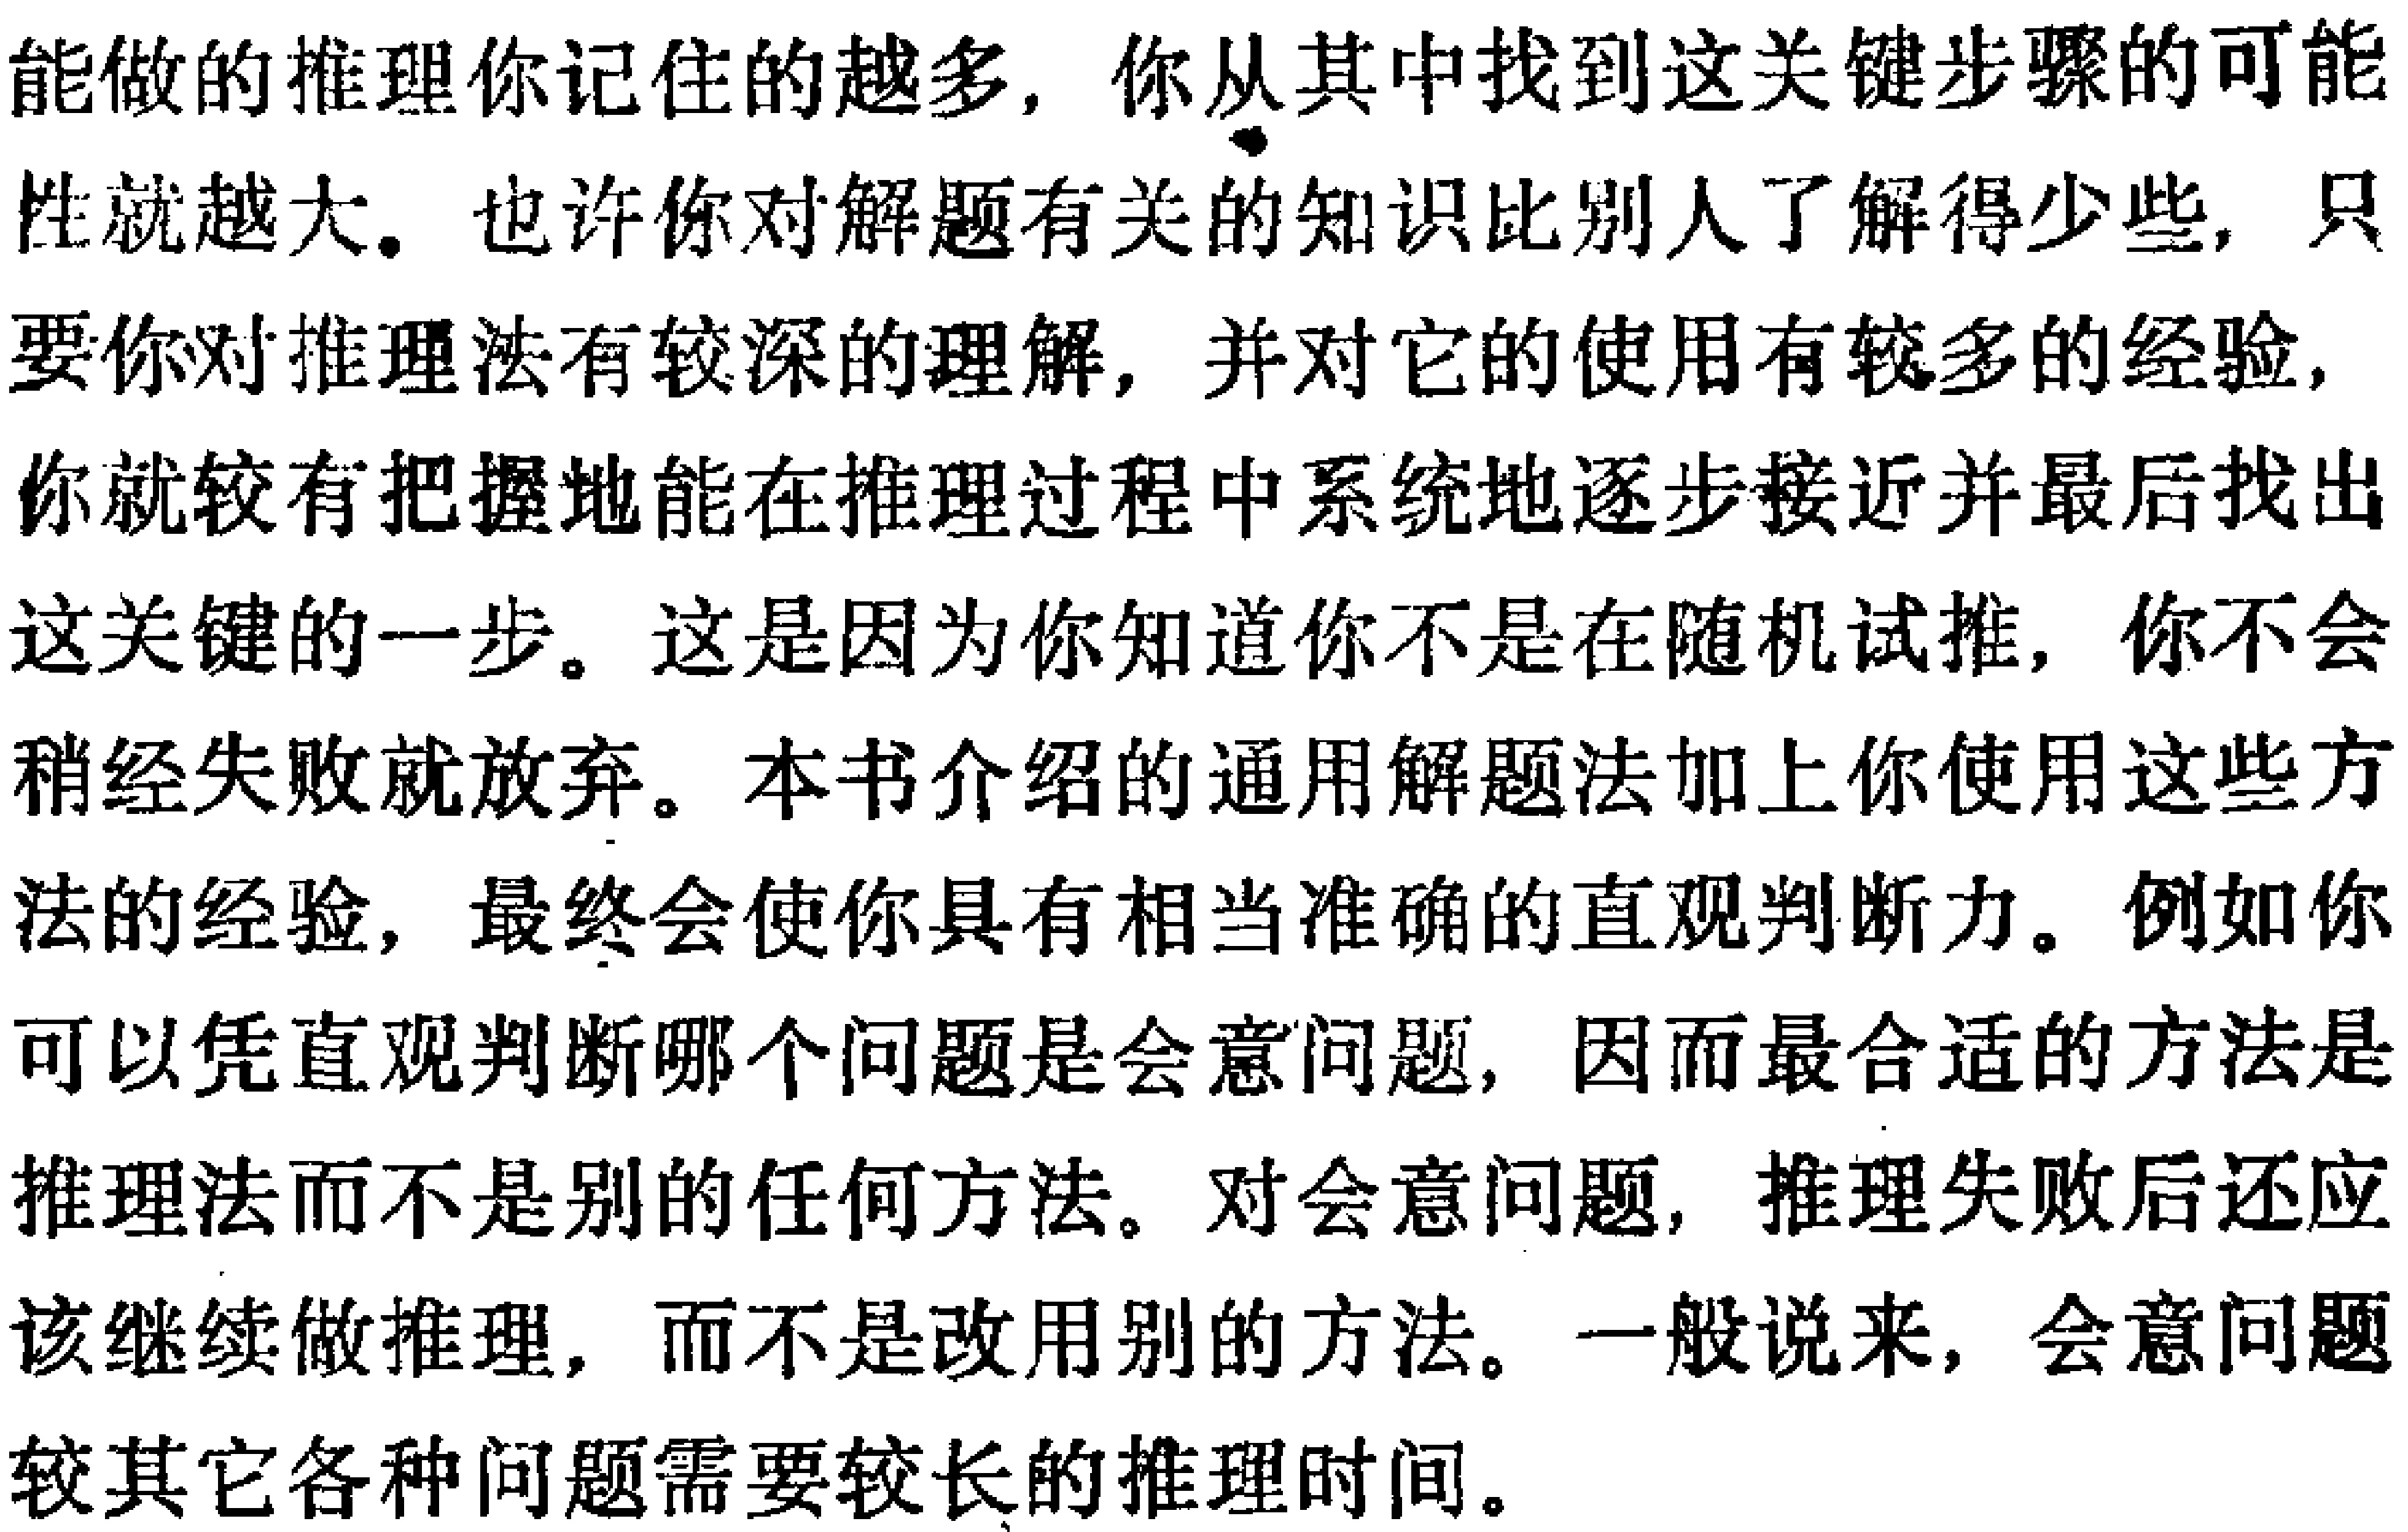
能做的推理你记住的越多，你从其中找到这关键步骤的可能性就越大。也许你对解题有关的知识比别人了解得少些，只要你对推理法有较深的理解，并对它的使用有较多的经验，你就较有把握地能在推理过程中系统地逐步接近并最后找出这关键的一步。这是因为你知道你不是在随机试推，你不会稍经失败就放弃。本书介绍的通用解题法加上你使用这些方法的经验，最终会使你具有相当准确的直观判断力。例如你可以凭直观判断哪个问题是会意问题，因而最合适的方法是推理法而不是别的任何方法。对会意问题，推理失败后还应该继续做推理，而不是改用别的方法。一般说来，会意问题较其它各种问题需要较长的推理时间。